Plague in India, 1896, 1897 - Volume 2
Year: 1896
Disease focus: Plague
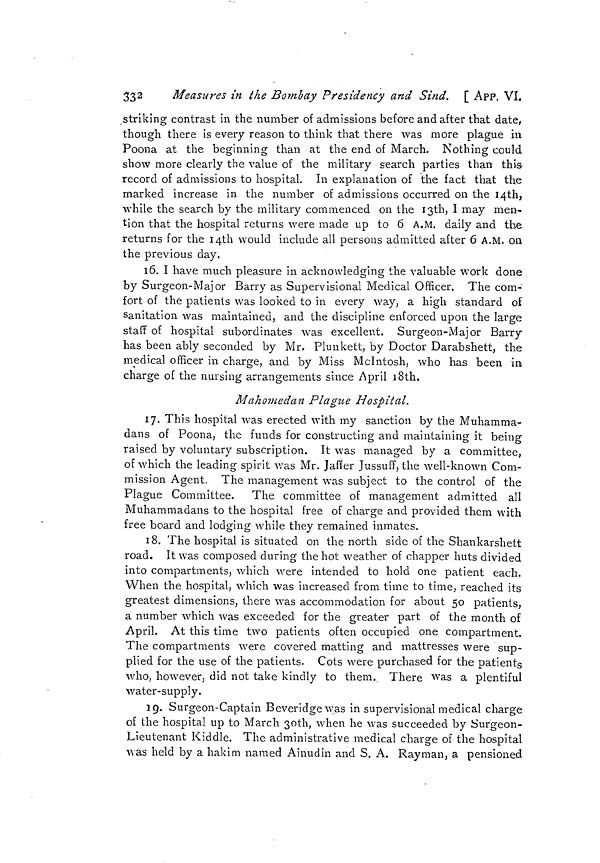
332
Measures in the Bombay Presidency and Sind. [ App. VI.
striking contrast in the number of admissions before and after that date,
though there is every reason to think that there was more plague in
Poona at the beginning than at the end of March. Nothing could
show more clearly the value of the military search parties than this-
record of admissions to hospital. In explanation of the fact that the
marked increase in the number of admissions occurred on the I4th,
while the search by the military commenced on the I3th, I may men-
tion that the hospital returns were made up to 6 A.M. daily and the
returns for the 14th would include all persons admitted after 6 A.M. on
the previous day.
16. I have much pleasure in acknowledging the valuable work done
by Surgeon-Major Barry as Supervisional Medical Officer. The com-
fort of the patients was looked to in every way, a high standard of
sanitation was maintained, and the discipline enforced upon the large
staff of hospital subordinates was excellent. Surgeon-Major Barry
has been ably seconded by Mr. Plunkett, by Doctor Darabshett, the
medical officer in charge, and by Miss Mclntosh, who has been in
charge of the nursing arrangements since April i8th,
M ahome dan Plague Hospital.
17. This hospital was erected with my sanction by the Muhamma-
dans of Poona, the funds for constructing and maintaining it being
raised by voluntary subscription. It was managed by a committee,
of which the leading spirit was Mr. Jaffer Jussuff, the well-known Com-
mission Agent. The management was subject to the control of the
Plague Committee. The committee of management admitted all
Muhammadans to the hospital free of charge and provided them with
free board and lodging while they remained inmates.
18. The hospital is situated on the north side of the Shankarshett
road. It was composed during the hot weather of chapper huts divided
into compartments, which were intended to hold one patient each.
When the hospital, which was increased from time to time, reached its
greatest dimensions, there was accommodation for about 50 patients,
a number which was exceeded for the greater part of the month of
April. At this time two patients often occupied one compartment.
The compartments were covered matting and mattresses were sup-
plied for the use of the patients. Cots were purchased for the patients
who, however, did not take kindly to them._ There was a plentiful
water-supply.
19. Surgeon-Captain Beveridge was in supervisional medical charge
of the hospital up to March 30th, when he was succeeded by Surgeon-
Lieutenant Kiddle. The administrative medical charge of the hospital
was held by a hakim named Ainudin and S. A. Rayman, a pensioned